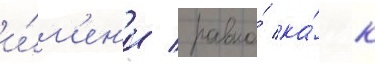
и́м'ен'и / равно́ ка́к